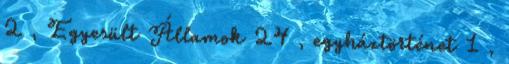
2 , Egyesült Államok 24 , egyháztörténet 1 ,